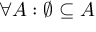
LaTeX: \forall A : \varnothing \subseteq A